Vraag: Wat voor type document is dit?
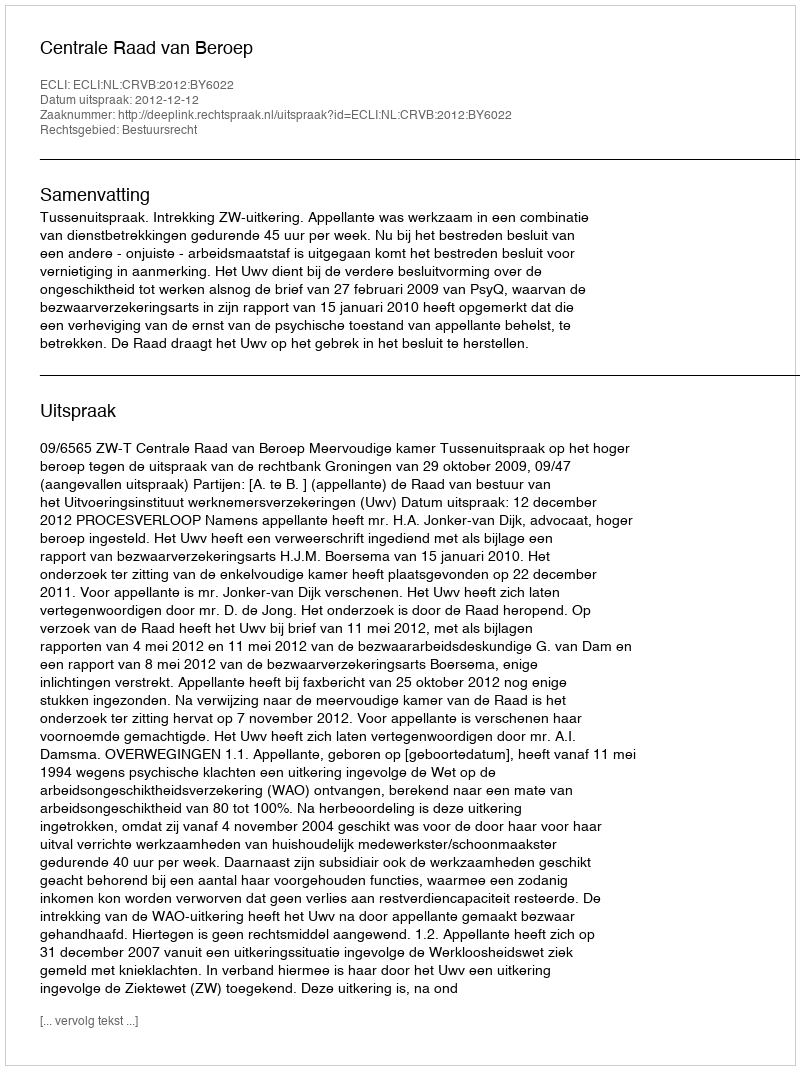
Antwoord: Uitspraak